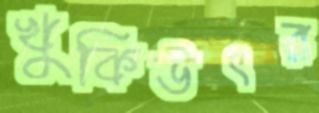
খুকিউৎর